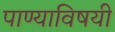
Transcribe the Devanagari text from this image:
पाण्याविषयी